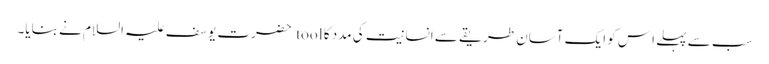
سب سے پہلے اِس کو ایک آسان طریقے سے انسانیت کی مدد کا tool حضرت یوسف علیہ السلام نے بنایا۔